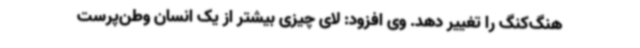
هنگ‌کنگ را تغییر دهد. وی افزود: لای چیزی بیشتر از یک انسان وطن‌پرست